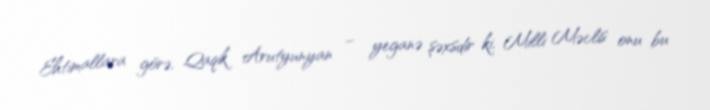
Ehtimallara görə, Qaqik Arutyunyan – yeganə şəxsdir ki, Milli Məclis onu bu